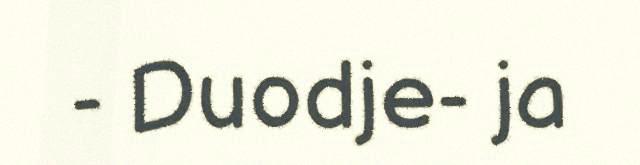
- Duodje- ja